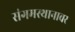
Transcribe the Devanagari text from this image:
संगमस्थानावर